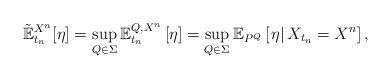
LaTeX: \begin{align*}\mathbb{\tilde{E}}_{t_{n}}^{X^{n}}[\eta]=\sup \limits_{Q\in \Sigma}\mathbb{E}_{t_{n}}^{Q,X^{n}}\left[ \eta \right] =\sup_{Q\in \Sigma}\mathbb{E}_{P^{Q}}\left[ \left. \eta \right \vert X_{t_{n}}=X^{n}\right] ,\end{align*}